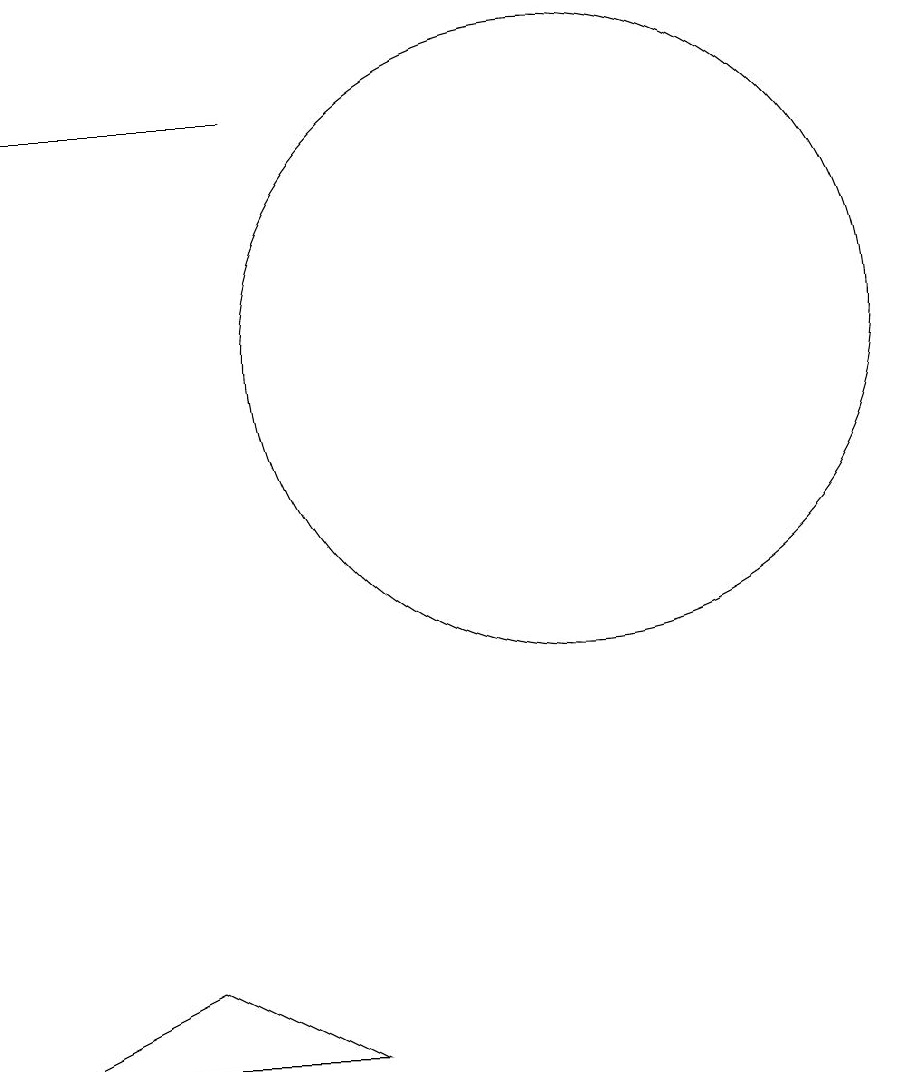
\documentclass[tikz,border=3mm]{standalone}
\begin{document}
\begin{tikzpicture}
\draw (10,11) circle (4);
\draw (5,3) -- (7,2) -- (3,2) -- cycle;
\draw (6,14) rectangle (3,14);
\draw (10,10) circle (0);
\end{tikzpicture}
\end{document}